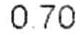
0.70